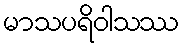
မာသပရိဝါသဿ